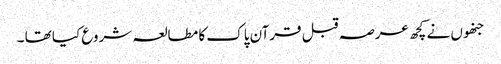
جنھوں نے کچھ عرصہ قبل قرآن پاک کا مطالعہ شروع کیا تھا ۔